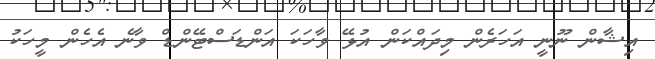
އިޝާން ނޫނީ އަހަރެން މިދައްކަން އުޅޭ ވާހަކަ އަންޑަސްޓޭންޑް ވާނެ އެހެން މީހަކު